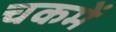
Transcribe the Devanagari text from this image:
चकमें